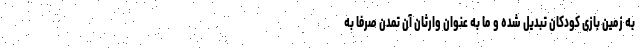
به زمین بازی کودکان تبدیل شده و ما به عنوان وارثان آن تمدن صرفاً به